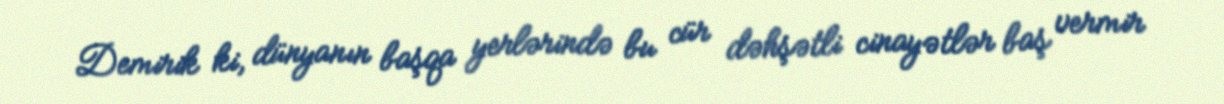
Demirik ki, dünyanın başqa yerlərində bu cür dəhşətli cinayətlər baş vermir